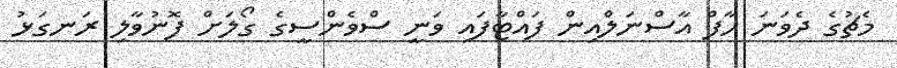
މެޗުގެ ދެވަނަ ހާފް އާސްނަލްއިން ފައްޓާފައި ވަނީ ސްވެންސީގެ ގޯލަށް ފޮނުވާލި ރަނގަޅު